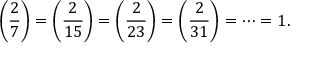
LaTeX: \left( { \frac { 2 } { 7 } } \right) = \left( { \frac { 2 } { 1 5 } } \right) = \left( { \frac { 2 } { 2 3 } } \right) = \left( { \frac { 2 } { 3 1 } } \right) = \cdots = 1 .